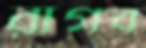
রাগব